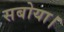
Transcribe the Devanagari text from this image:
सबोया।